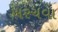
ખરચવા